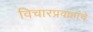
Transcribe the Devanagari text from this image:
विचारप्रवाहांचे